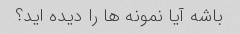
باشه آیا نمونه ها را دیده اید؟